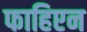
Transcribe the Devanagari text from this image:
फाहिएन